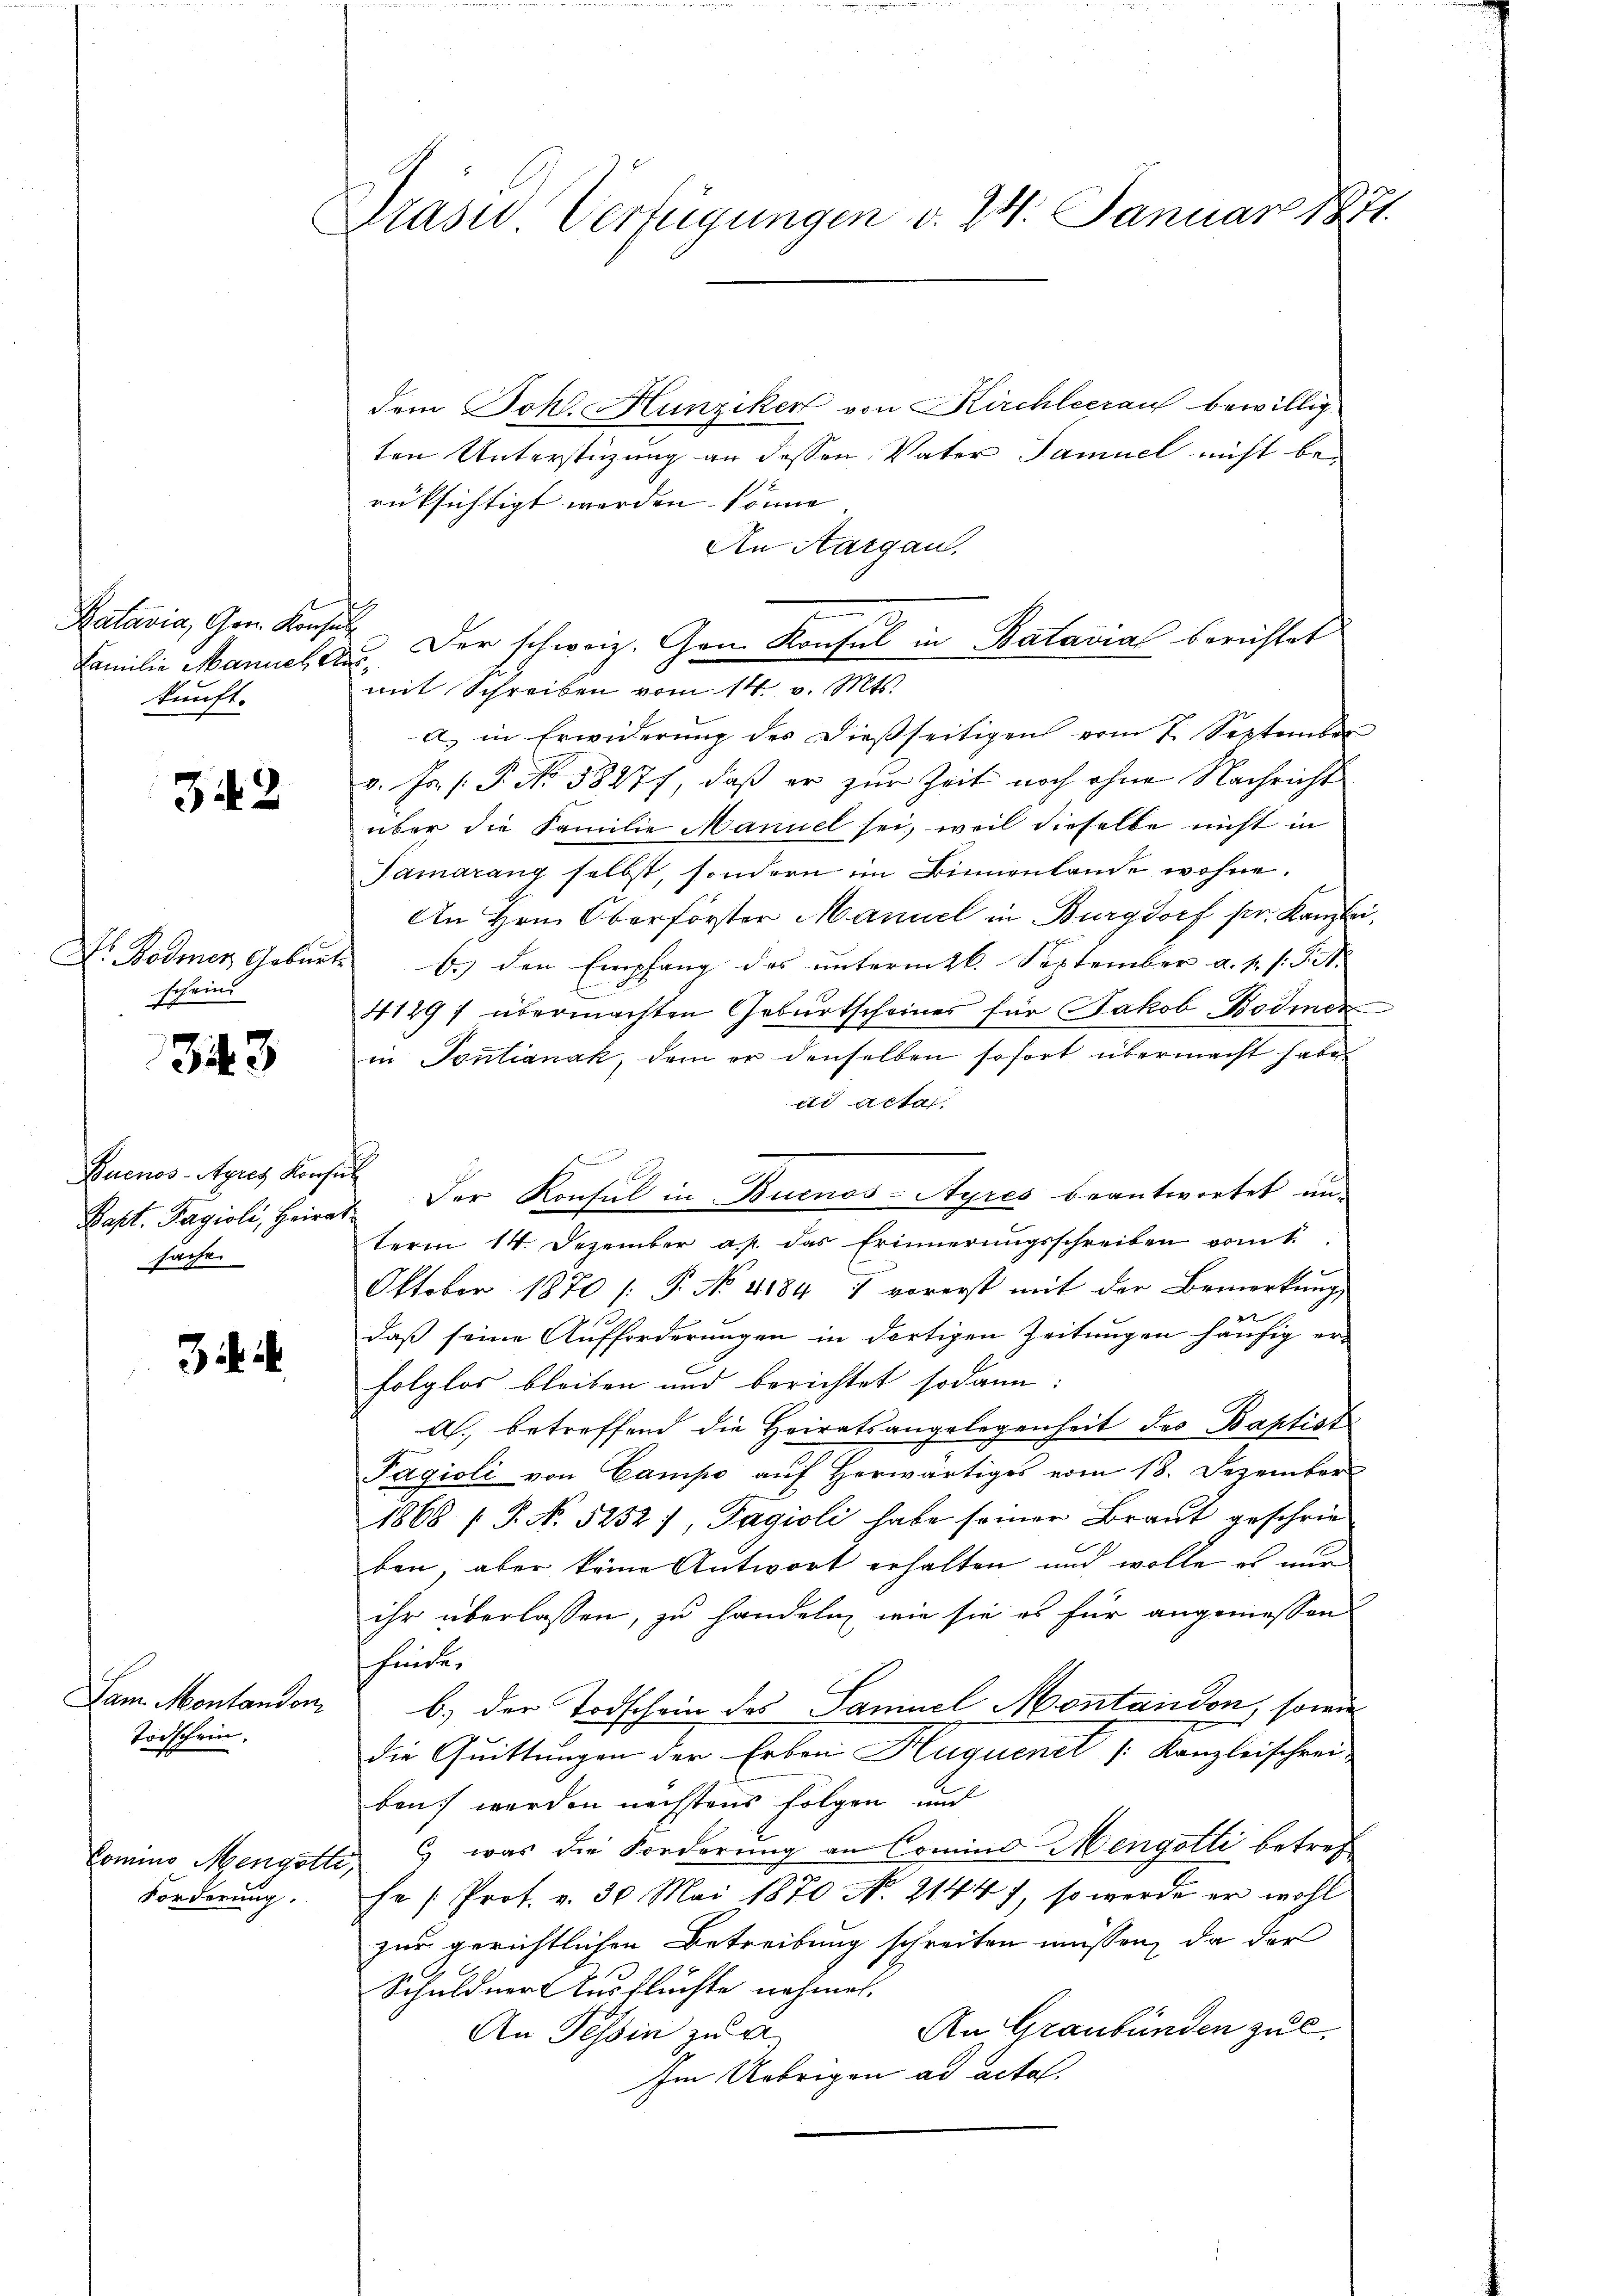
Batavia, Gen. Konsul
kunft.

342

D. Bodmer Geburt
schein

343

Buenos-Ayres Konsul
sache.

Dam Montandon
Todschein.

Forderung.

Präser Verfügungen d. 24. Januar 1877.

dem Joh. Hunziker von Kirchleerau bewillig
ten Unterstüzung an dessen Vater Samuel nicht berüksichtigt werden könne
An Aargau,
Familie Manuel ca. Der schweiz. Gen. Konsul in Batavial berichtet
mit Schreiben vom 14. v. Mts.
a. in Erwiderŭng der dießseitigen vom 7. September
v. Fr. f. P. No. 58877, daß er zŭr Zeit noch ohne Nachricht
über die Familie Manuel sei, weil dieselbe nicht in
Samarang selbst, sondern im Binnenlande wohne.
An Hrn. Oberförster Manuel in Burgdorf pr. Kanzlei¬
6.) den Empfang des unterm 26. September a. h. s. S. St.
41297 übermachten Geburtscheines für Jakob Bodmer
in Tontanak, dem er denselben sofort übermacht habe.
cti acta.
Kast. Pagioli, Heirat der Konsul in Buenos-Ayres beantwortet unterm 14. Dezember a. p. das Erinnerungsschreiben vom 1.
Oktober 1870 [P. No. 4184 1 vorerst mit der Bemerkung
f
daß seine Aufforderungen in dortigen Zeitungen häufig er-
folglos bleiben und berichtet sodann:
a. betreffend die Heiratsangelegenheit des Baptist
Pagioli von Campe auf herwärtiges vom 18. Dezember
1868 / P. No 5252), Tagioli habe seiner Braut geschrie-
ben, aber keine Antwort erhalten und wolle es nur
ihr überlassen, zu handeln, wie sie es für angemessen
hinde.
b.) der Todschein des Samuel Montandon, sowie
die Quittungen der Erbrei Huquent /: Kanzleischrei
ben werden nächstens folgen, und
Commo Mengotti, was die Forderung an Comino Mengotti betreffe /: Prof. v. 30. Mai 1870 No. 2144), so werde er wohl
zur gerichtlichen Betreibung schreiten müssen, da der
Schuldner Ausflüchte nehmen.
An Graubünden zu l
An Tessin zu a
Im Uebrigen ad acta.